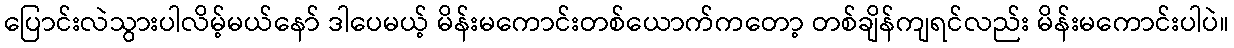
ပြောင်းလဲသွားပါလိမ့်မယ်နော် ဒါပေမယ့် မိန်းမကောင်းတစ်ယောက်ကတော့ တစ်ချိန်ကျရင်လည်း မိန်းမကောင်းပါပဲ။